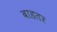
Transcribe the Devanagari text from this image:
बाहतर